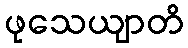
ဖုသေယျာတိ